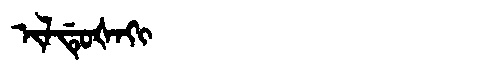
Manchu: ᡳᠯᡩᡠᡧᠠᡴᡳ
Romanization: ILDUŠAKI